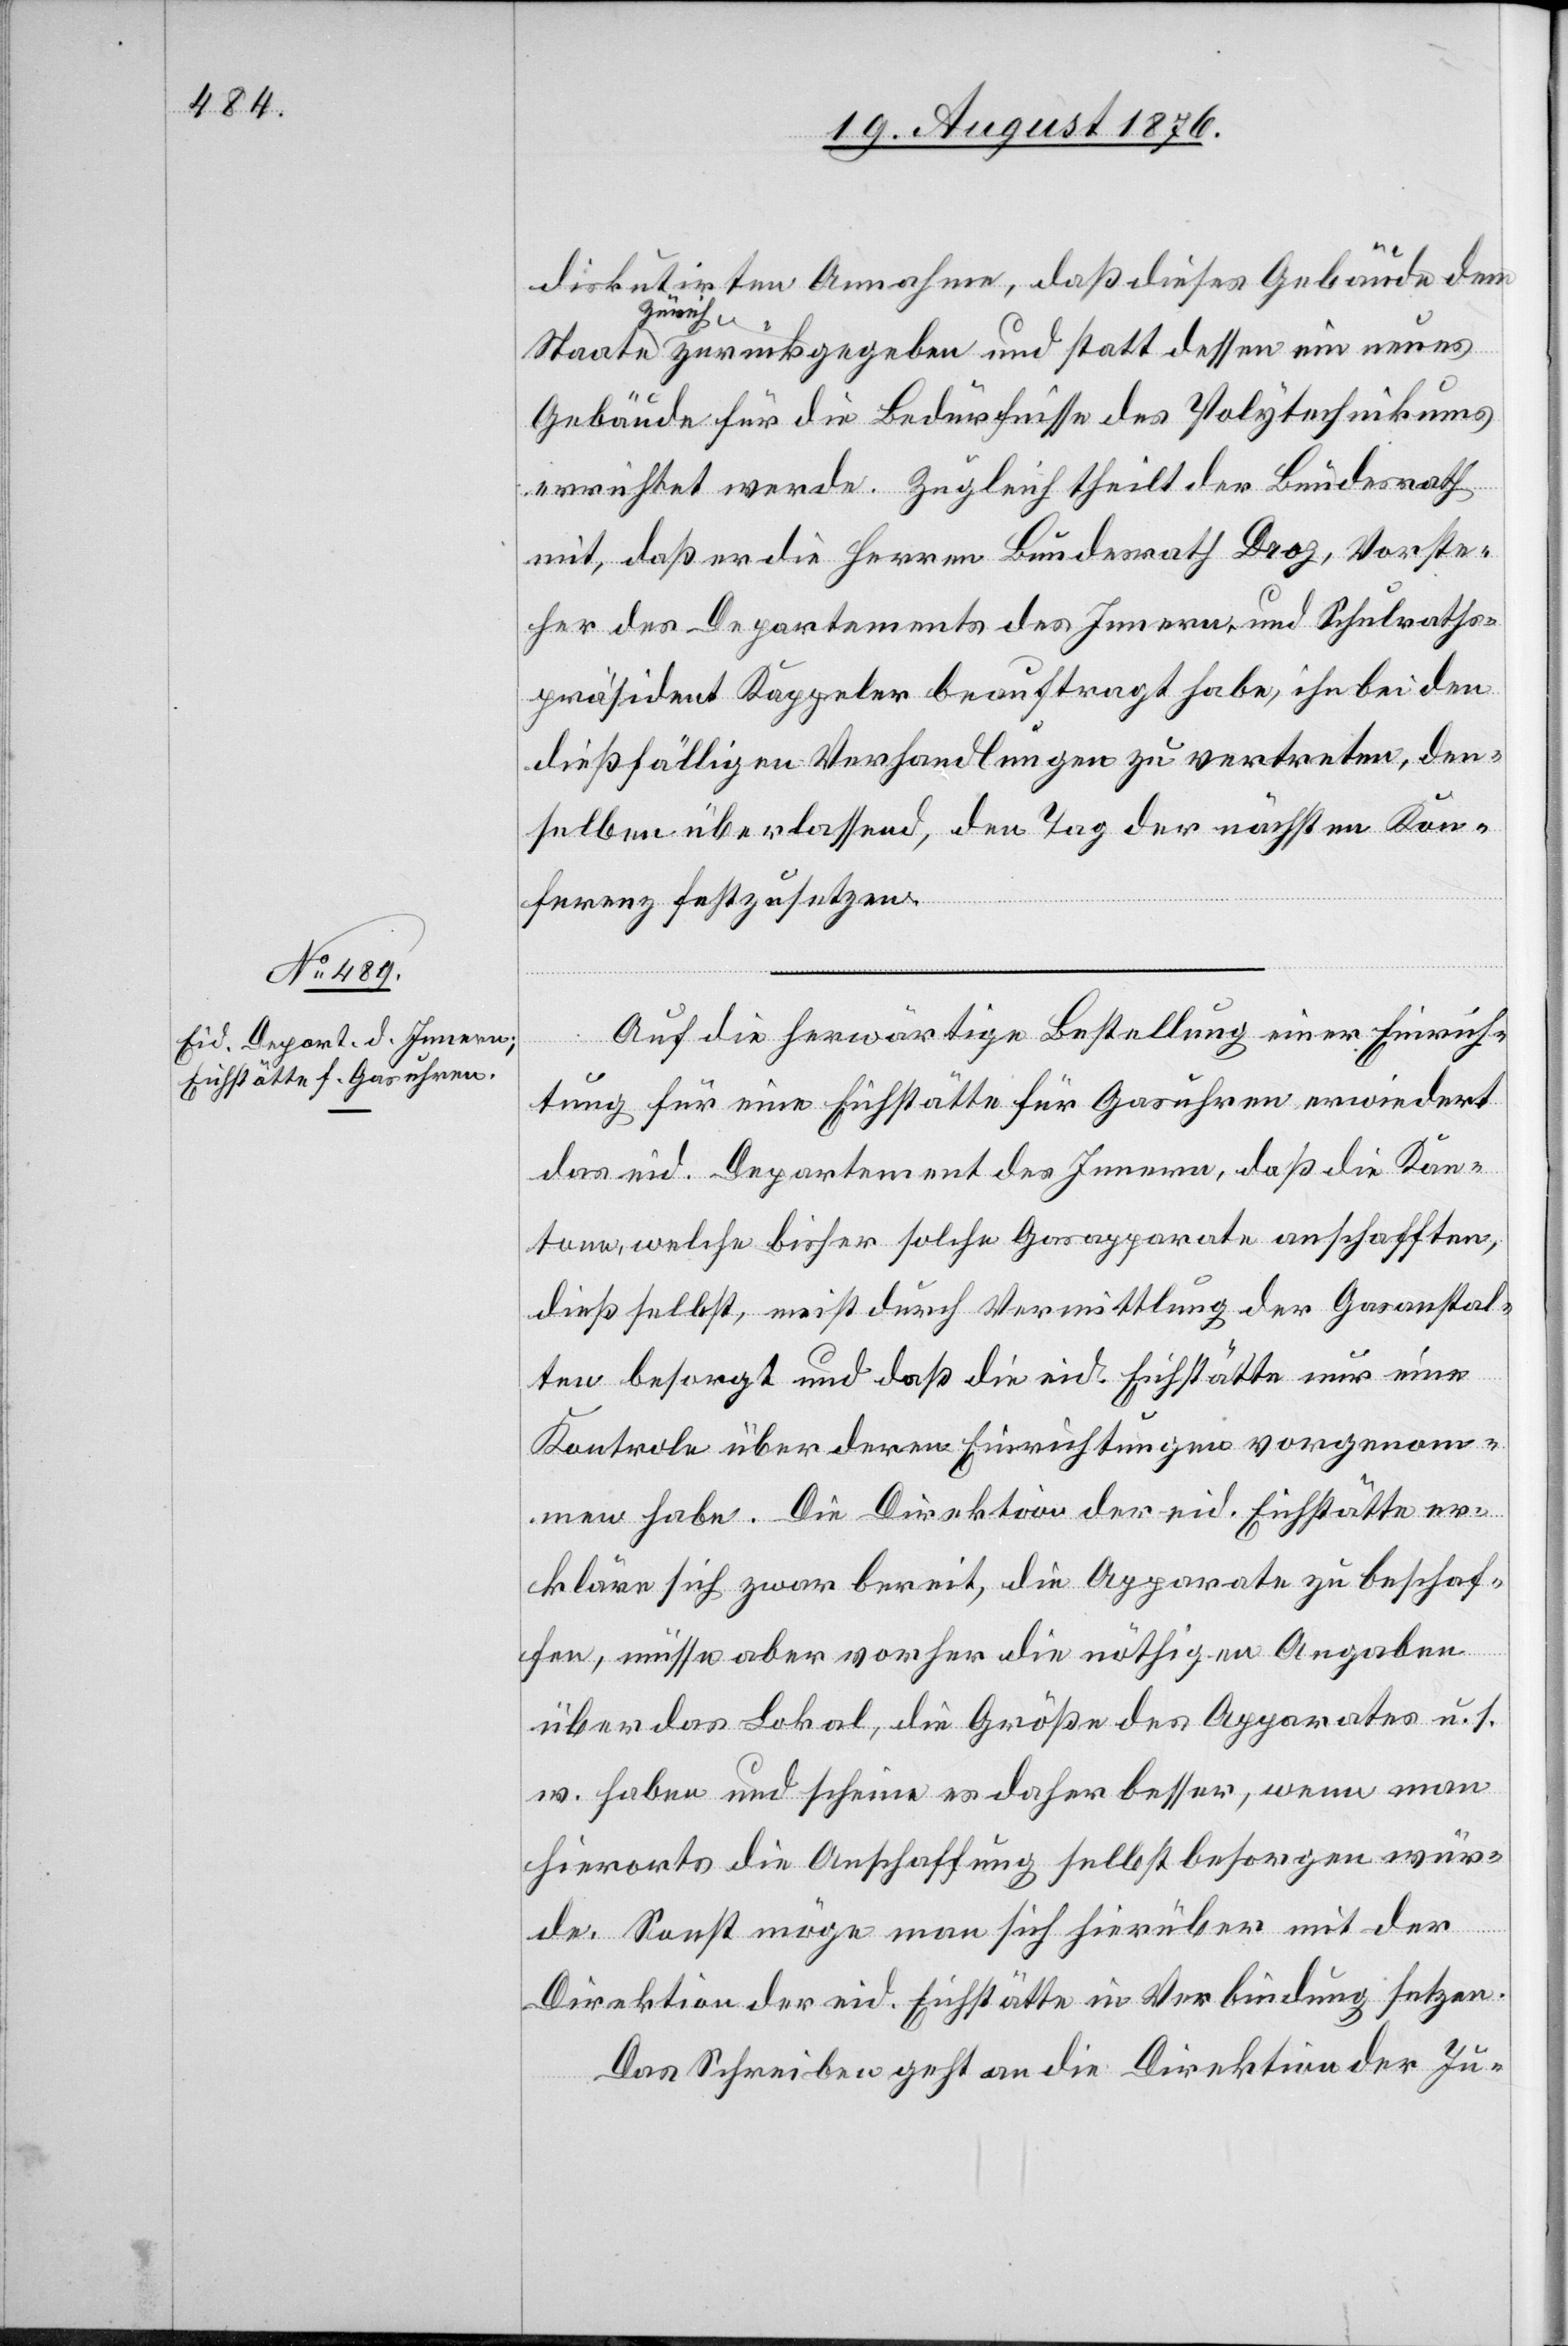
24. August 1876.]
diskutirten Annahme, daß dieses Gebäude dem
Staate Zürich zurückgegeben und statt dessen ein neues
Gebäude für die Bedürfnisse des Polytechnikums
errichtet werde. Zugleich theilt der Bundesrath
mit, daß er die Herren Bundesrath Droz, Vorste¬
her des Departements des Innern und Schulraths¬
präsident Kappeler beauftragt habe, ihn bei den
dießfälligen Verhandlungen zu vertreten, den¬
selben überlassend, den Tag der nächsten Kon¬
ferenz festzusetzen.
Auf die herwärtige Bestellung einer Einrich¬
tung für eine Eichstätte für Gasuhren erwiedert
das eid. Departement des Innern, daß die Kan¬
tone, welche bisher solche Gasapparate anschafften,
dieß selbst, nicht durch Vermittlung der Gasanstal¬
ten besorgt und daß die eid. Eichstätten nur eine
Kontrole über deren Einrichtungen vorgenom¬
men habe. Die Direktion der eid. Eichstätte er¬
kläre sich zwar bereit, die Apparate zu beschaf¬
fen, müsse aber vorher die nöthigen Angaben
über das Lokal, die Größe des Apparates u. s.
w. haben und scheine es daher besser, wenn man
hierorts die Anschaffung selbst besorgen wür¬
de. Sonst möge man sich hierüber mit der
Direktion der eid. Eichstätte in Verbindung setzen.
Das Schreiben geht an die Direktion der Ju-